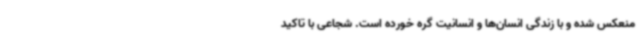
منعکس شده و با زندگی انسان‌ها و انسانیت گره خورده است. شجاعی با تاکید